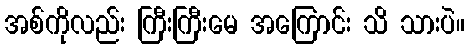
အစ်ကိုလည်း ကြီးကြီးမေ အကြောင်း သိ သားပဲ။